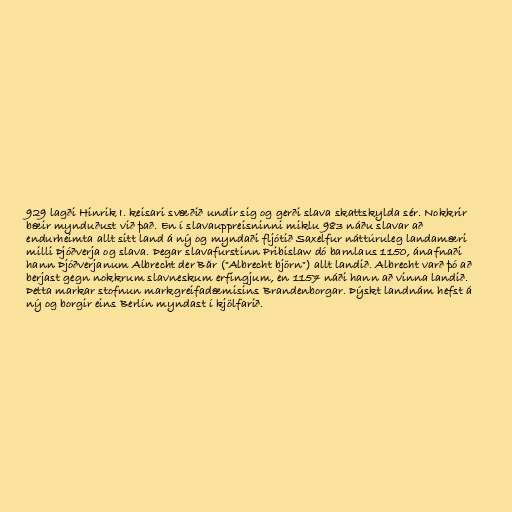
929 lagði Hinrik I. keisari svæðið undir sig og gerði slava skattskylda sér. Nokkrir
bæir mynduðust við það. En í slavauppreisninni miklu 983 náðu slavar að
endurheimta allt sitt land á ný og myndaði fljótið Saxelfur náttúruleg landamæri
milli Þjóðverja og slava. Þegar slavafurstinn Pribislaw dó barnlaus 1150, ánafnaði
hann Þjóðverjanum Albrecht der Bär ("Albrecht björn") allt landið. Albrecht varð þó að
berjast gegn nokkrum slavneskum erfingjum, en 1157 náði hann að vinna landið.
Þetta markar stofnun markgreifadæmisins Brandenborgar. Þýskt landnám hefst á
ný og borgir eins Berlín myndast í kjölfarið.